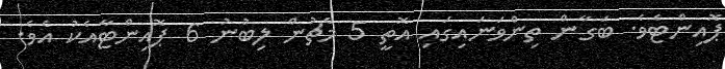
ޕޮއިންޓެވެ. ބަގާން ތިންވަނައިގައި އޮތީ 5 މެޗުން ލިބުނު 6 ޕޮއިންޓާއެކު އެވެ.